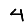
Digit: 4